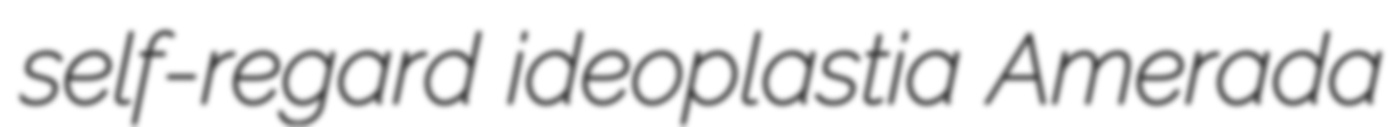
self-regard ideoplastia Amerada